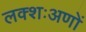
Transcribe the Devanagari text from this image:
लक्शःअणों